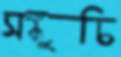
সঙ্কুচি